Plague in India, 1896, 1897 - Volume 1
Year: 1896
Disease focus: Plague
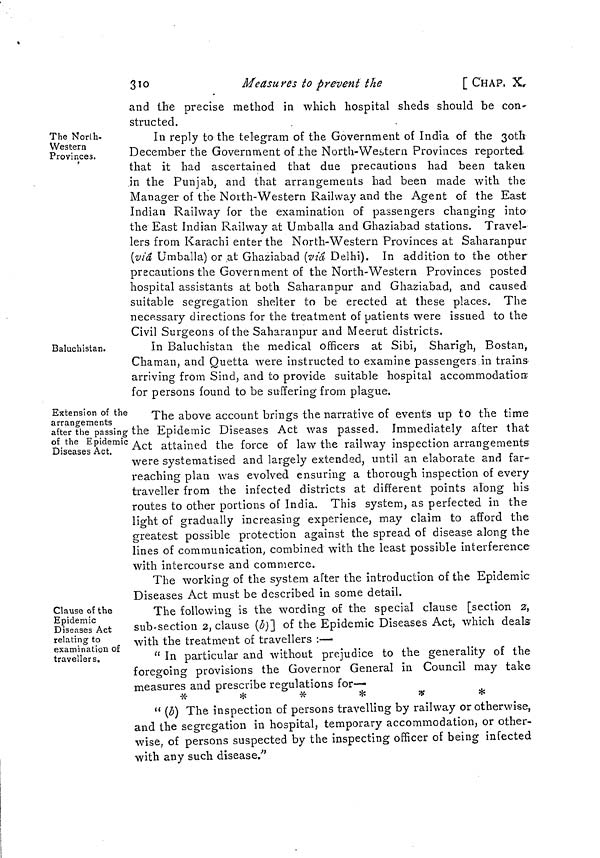
310
Measures to prevent the
[ CHAP. X.
and the precise method in which hospital sheds should be con"
structed.
The North-
Western
Provinces.
In reply to the telegram of the Government of India of the 30th
December the Government of the North-Western Provinces reported
that it had ascertained that due precautions had been taken
in the Punjab, and that arrangements had been made with the
Manager of the North-Western Railway and the Agent of the East
Indian Railway for the examination of passengers changing into
the East Indian Railway at Umballa and Ghaziabad stations. Travel-
lers from Karachi enter the North-Western Provinces at Saharanpur
(viâ Umballa) or at Ghaziabad (viâ Delhi). In addition to the other
precautions the Government of the North-Western Provinces posted
hospital assistants at both Saharanpur and Ghaziabad, and caused
suitable segregation shelter to be erected at these places. The
necessary directions for the treatment of patients were issued to the
Civil Surgeons of the Saharanpur and Meerut districts.
Baluchistan.
In Baluchistan the medical officers at Sibi, Sharigh, Bostan,
Chaman, and Quetta were instructed to examine passengers in trains'
arriving from Sind, and to provide suitable hospital accommodation?
for persons found to be suffering from plague.
Extension of the
arrangements
after the passing
of the Epidemic
Diseases Act.
The above account brings the narrative of events up to the time
the Epidemic Diseases Act was passed. Immediately after that
Act attained the force of law the railway inspection arrangements
were systematised and largely extended, until an elaborate and far-
reaching plan was evolved ensuring a thorough inspection of every
traveller from the infected districts at different points along his
routes to other portions of India. This system, as perfected in the
light of gradually increasing experience, may claim to afford the
greatest possible protection against the spread of disease along the
lines of communication, combined with the least possible interference
with intercourse and commerce.
The working of the system after the introduction of the Epidemic
Diseases Act must be described in some detail.
Clause of the
Epidemic
Diseases Act
relating to
examination of
travellers.
The following is the wording of the special clause [section 2,
sub-section 2, clause (b)] of the Epidemic Diseases Act, which deals
with the treatment of travellers :—
" In particular and without prejudice to the generality of the
foregoing provisions the Governor General in Council may take
measures and prescribe regulations for—
*
*
*
*
*
*
" (b) The inspection of persons travelling by railway or otherwise,
and the segregation in hospital, temporary accommodation, or other-
wise, of persons suspected by the inspecting officer of being infected
with any such disease."